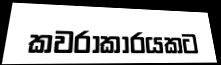
කවරාකාරයකට